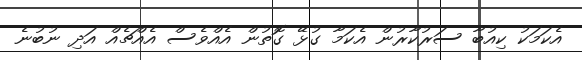
އެކަމަކު ކިއުބާ ސަރުކާރުން އެކަމާ ގުޅޭ ގޮތުން އެއްވެސް އެއްޗެއް އަދި ނުބުނެ